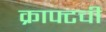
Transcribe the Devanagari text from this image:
क्राफ्टची